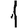
Digit: 1